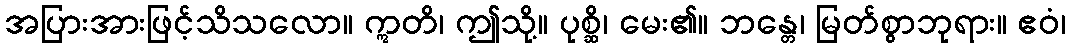
အပြားအားဖြင့်သိသလော။ ဣတိ၊ ဤသို့။ ပုစ္ဆိ၊ မေး၏။ ဘန္တေ၊ မြတ်စွာဘုရား။ ဧဝံ၊